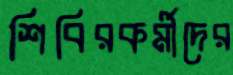
শিবিরকর্মীদের